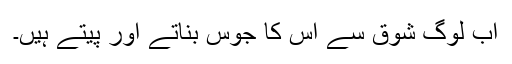
اب لوگ شوق سے اس کا جوس بناتے اور پیتے ہیں۔